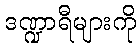
ဒဏ္ဍာရီများကို